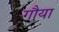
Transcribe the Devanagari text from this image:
गौया